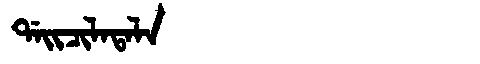
Manchu: ᡩᠠᡳᠴᡳᠯᠠᡨᠠᠯᠠ
Romanization: DAICILATALA